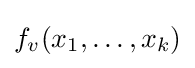
f_{v}(x_{1},\dots ,x_{k})